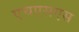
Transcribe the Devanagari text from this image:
एचएसएस